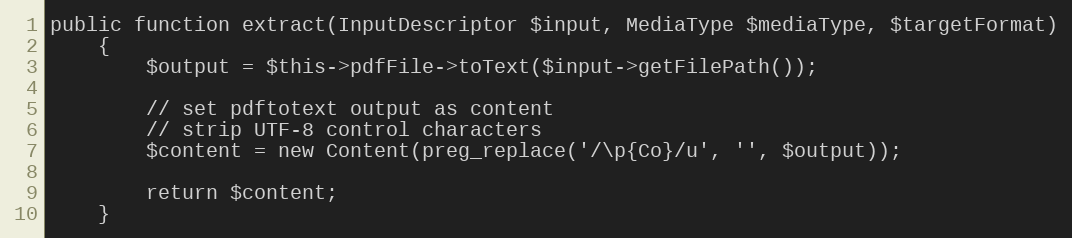
Language: PHP
public function extract(InputDescriptor $input, MediaType $mediaType, $targetFormat)
    {
        $output = $this->pdfFile->toText($input->getFilePath());

        // set pdftotext output as content
        // strip UTF-8 control characters
        $content = new Content(preg_replace('/\p{Co}/u', '', $output));

        return $content;
    }